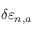
\delta \varepsilon _ { n , a }